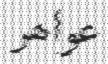
عواھر